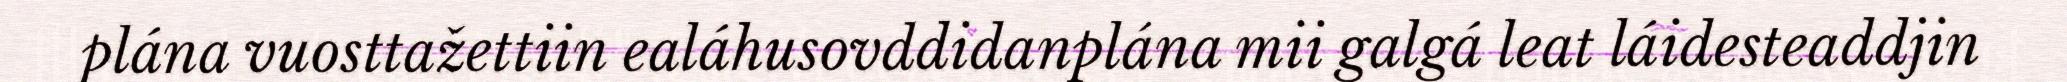
plána vuosttažettiin ealáhusovddidanplána mii galgá leat láidesteaddjin